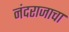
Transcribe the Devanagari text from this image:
नंदराजाचा